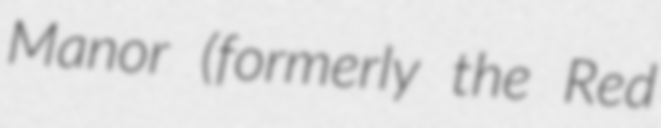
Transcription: Manor (formerly the Red